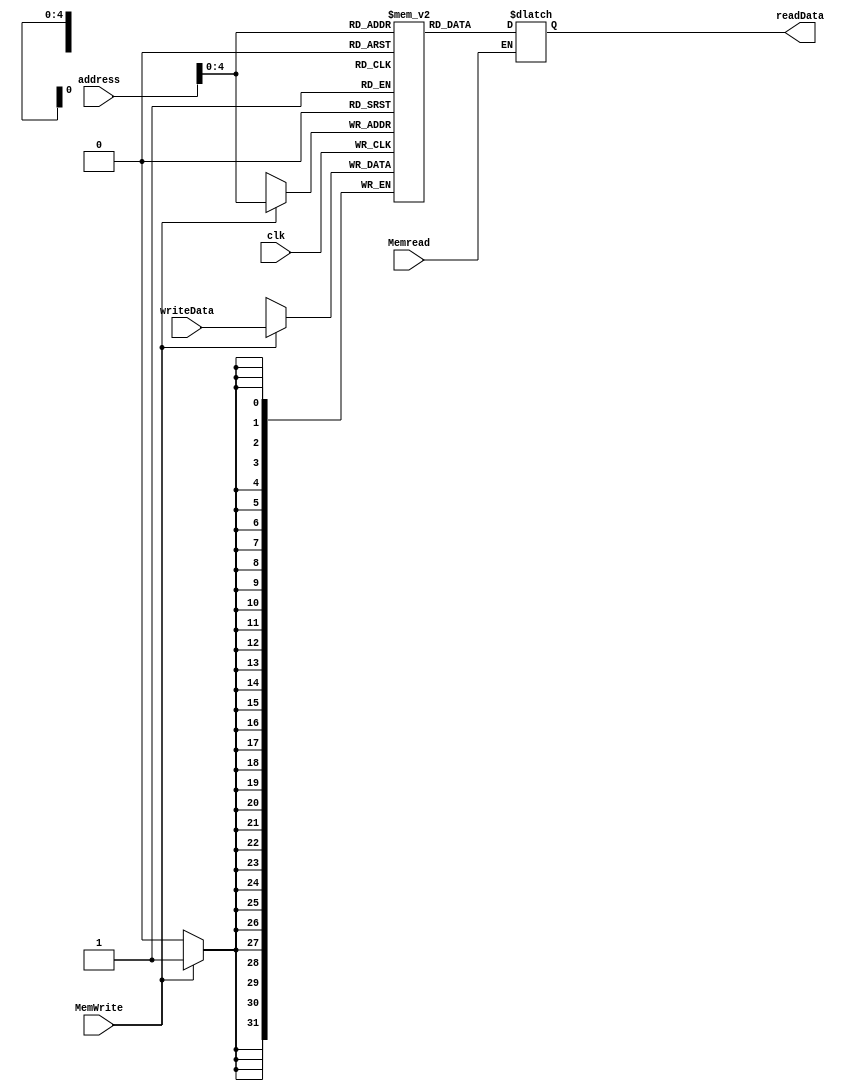
module DataMemory (MemWrite,Memread,address,writeData,clk,readData);
  reg[31:0] memory [0:31];
  input MemWrite,Memread,clk;
  input [31:0] address,writeData;
  output reg [31:0] readData;
  
  always@(negedge clk) 
    begin
      if(MemWrite==1)
        memory[address]<=writeData;
    end
  
  always@(address or Memread)
    begin
      
      if(Memread==1)
        readData=memory[address];
      
    end
endmodule